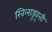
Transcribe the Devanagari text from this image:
खिलाडूवृत्ती